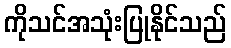
ကိုသင်အသုံးပြုနိုင်သည်